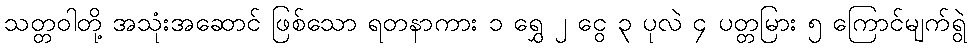
သတ္တဝါတို့ အသုံးအဆောင် ဖြစ်သော ရတနာကား ၁ ရွှေ ၂ ငွေ ၃ ပုလဲ ၄ ပတ္တမြား ၅ ကြောင်မျက်ရွဲ